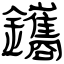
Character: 鑴